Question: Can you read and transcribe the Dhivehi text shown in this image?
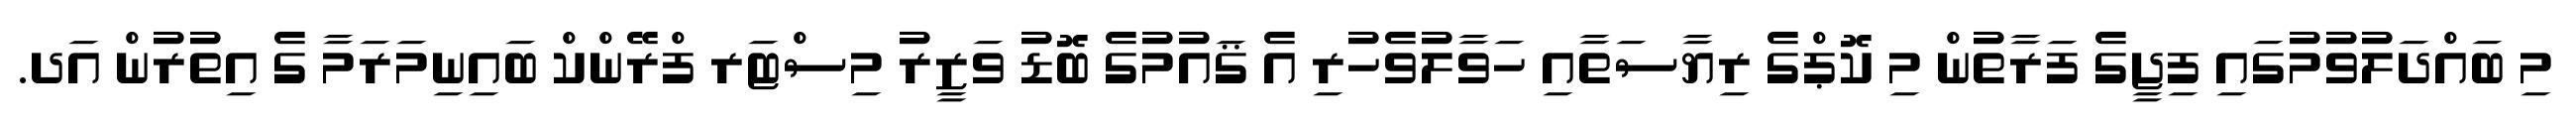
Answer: މި ބައްދަލުވުމުގައި ފިޖީގެ ފަރާތުން މި ކޮޕްގެ ރިޔާސަތާއި ހަވާލުވެހުރި އެ ޤައުމުގެ ބޮޑު ވަޒީރު މިސްޓަރ ފްރޭންކް ބައިނިމަރަމާ ގެ އިތުރުން އަދ.